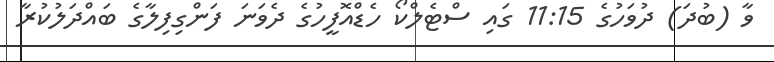
ވާ (ބުދަ) ދުވަހުގެ 11:15 ގައި ސްޓެލްކޯ ހެޑްއޮފީހުގެ ދެވަނަ ފަންގިފިލާގެ ބައްދަލުކުރާ